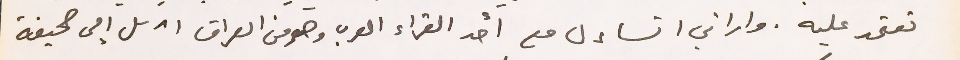
تعتمد عليه. واراني اتساءل مع احد القراء العرب وهو من العراق ارسل إلى صحيفة